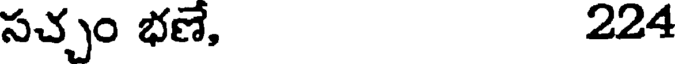
సచ్చం భణే, 224